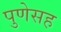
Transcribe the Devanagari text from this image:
पुणेसह